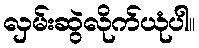
လှမ်းဆွဲလိုက်ယုံပါ။